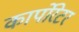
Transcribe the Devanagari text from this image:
कार्पोरेटर